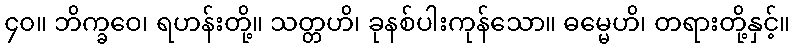
၄၀။ ဘိက္ခဝေ၊ ရဟန်းတို့။ သတ္တဟိ၊ ခုနစ်ပါးကုန်သော။ ဓမ္မေဟိ၊ တရားတို့နှင့်။